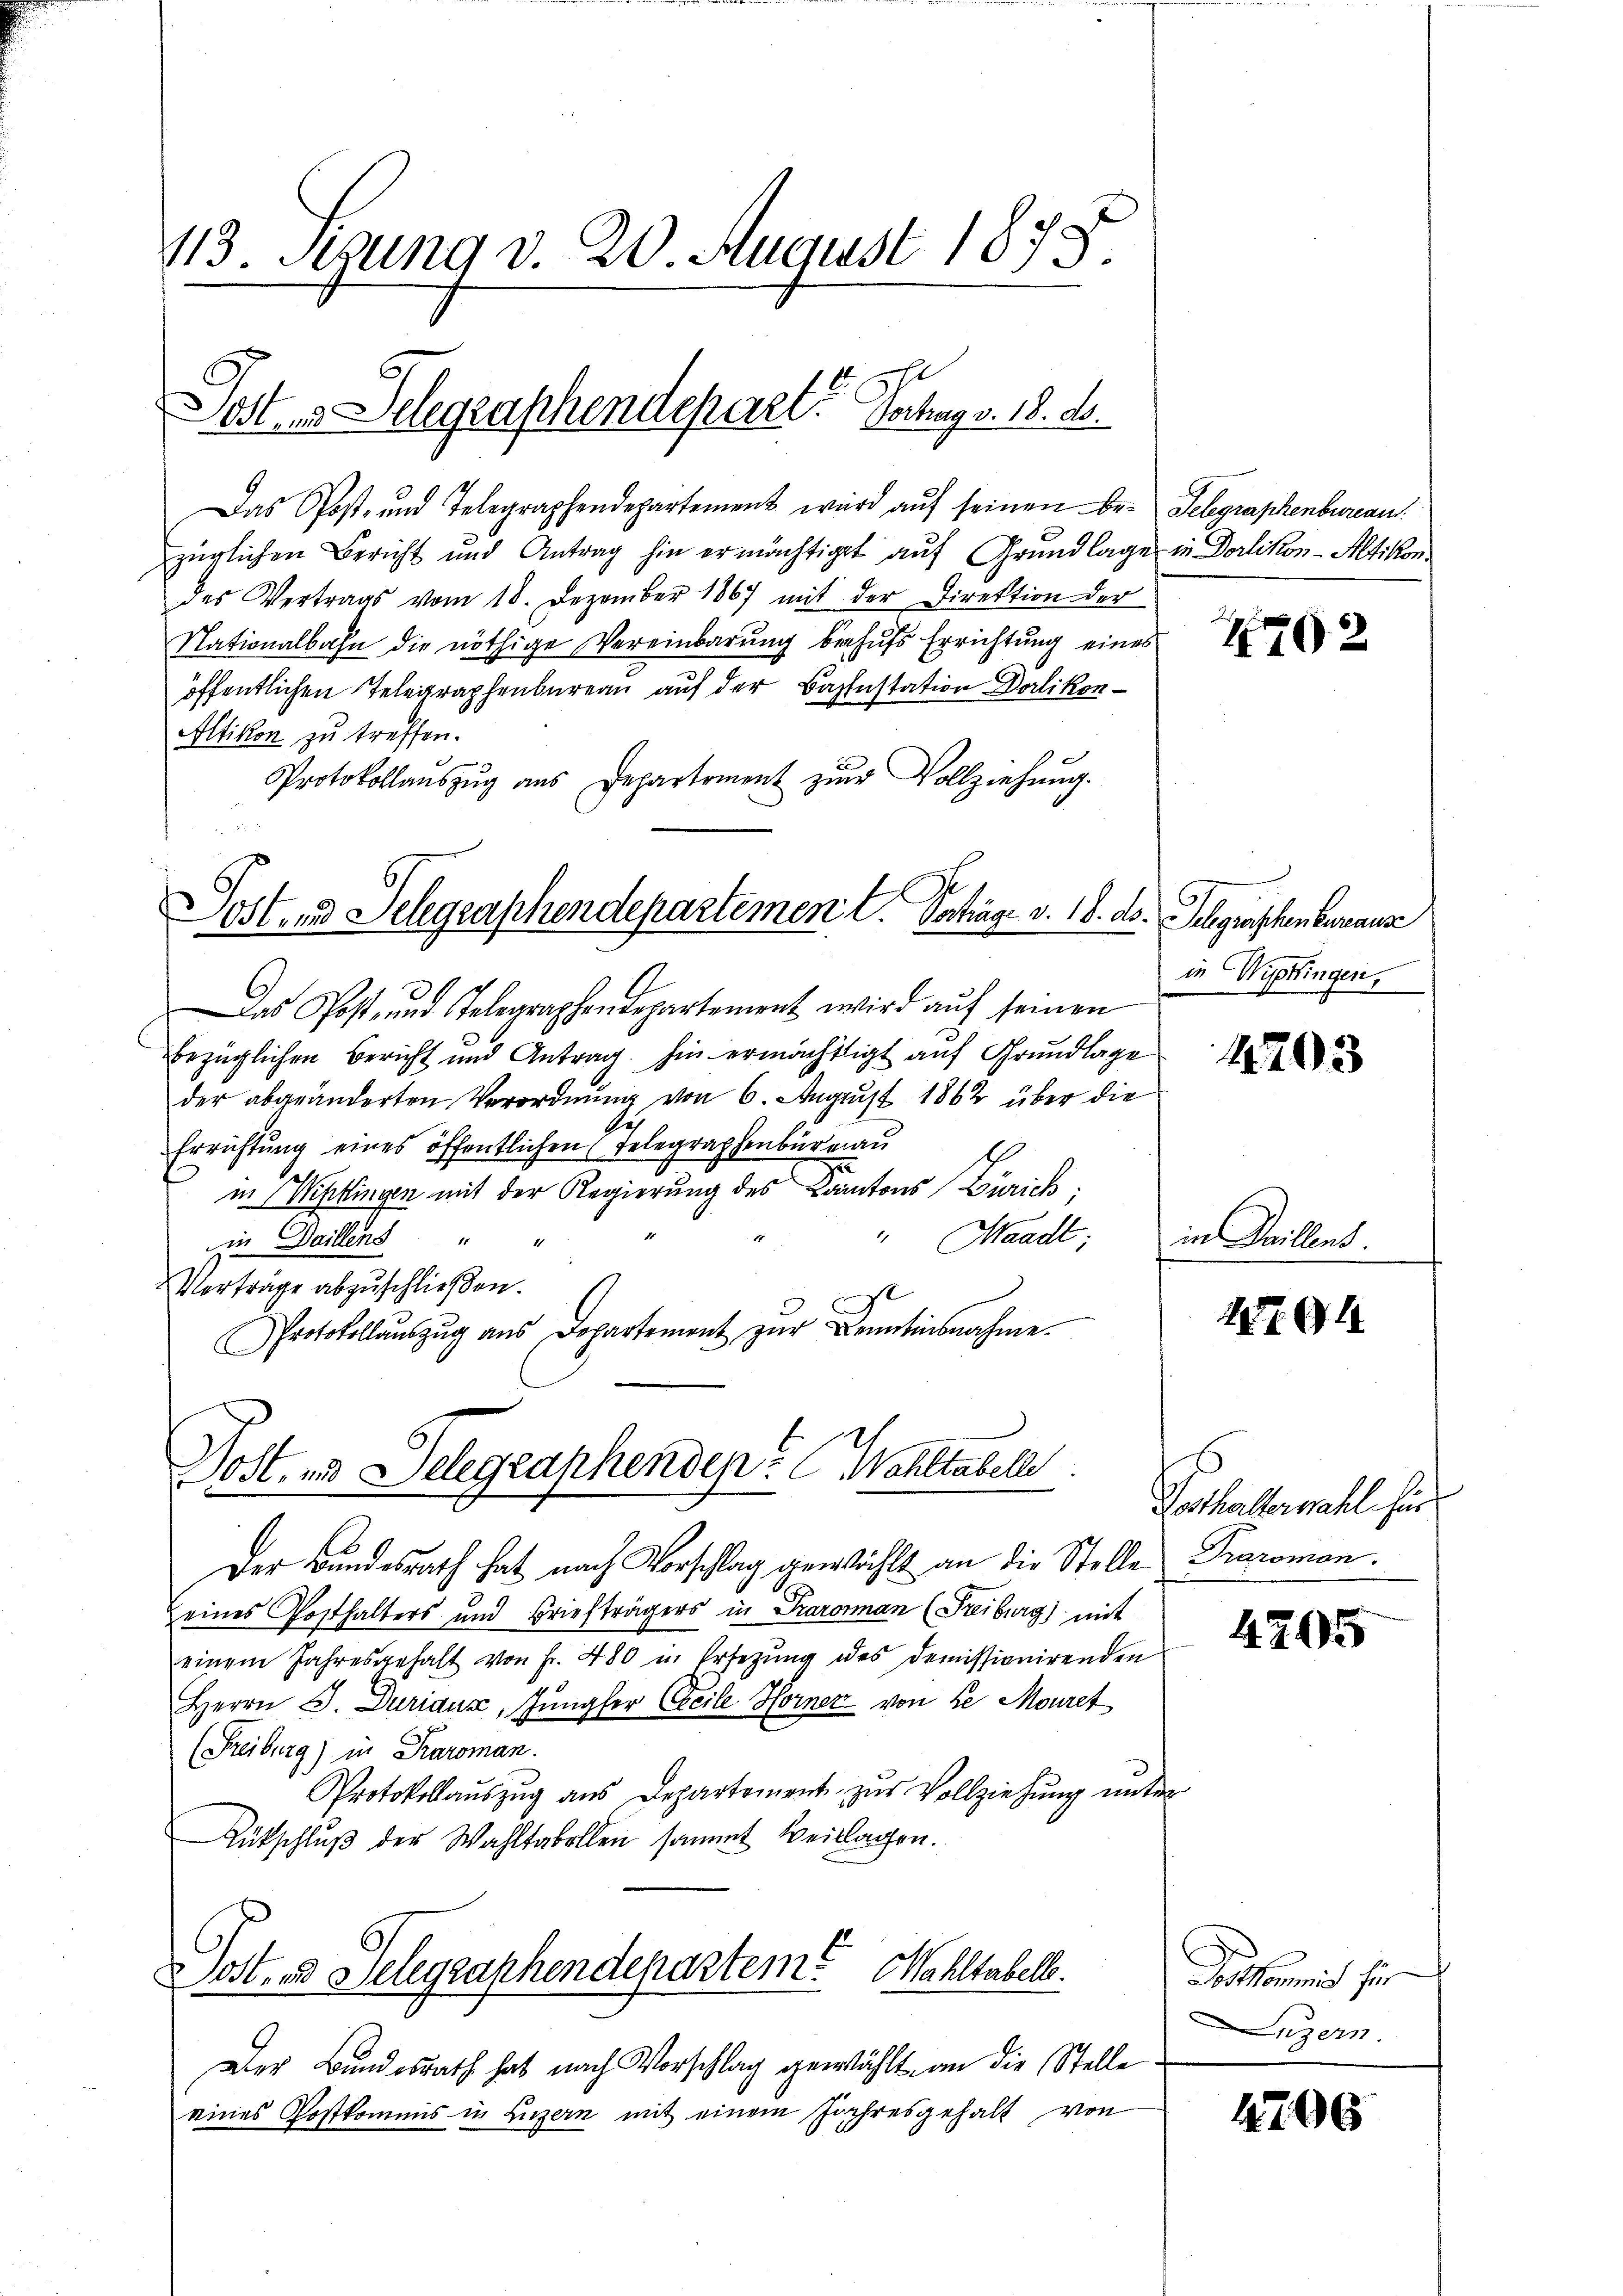
113. Sekung v. 20. August 1878.

Post 3 Delegraphendepart. Hochag v. 18. d.

Sostens Telegraphendepartemen l. Satige v. 18. ds. Schgraschenberaus

Das Post- und Telegraphendepartement wird aŭf seinen Be-
züglichen Bericht und Antrag hin ermächtiget auf Grundlage in Dorlikon-Altikon
des Vertrags vom 18. Dezember 1867 mit der Direktion der
Nationalbahn die nöthige Vereinbarung behufs Errichtung eines
öffentlichen Telegraphenbureau auf der Bahnstation Dorlikon-
Altikon zu treffen.
Protokollaŭszŭg ans Departement zŭr Vollziehŭng.
Das Post- und Telegraphendepartement wird aŭf seinen
bezüglichen Bericht und Antrag. Ein ermächtigt auf Grundlage
der abgeänderten Verordnung von 6. August 1862 über die
Errichtung eines öffentlichen Telegraphenbüreau
u
in Wipkingen mit der Regierung des Cantons Zürich,
"Waadt;
in Daillens " "
Verträge abzuschließen.
Protokollaŭszŭg aŭs Departement zŭr Kenntensnahme.

Dost- und Delegraphenden Wohltabelle

Der Bundesrath hat nach Vorschlag gewählt an die Stelle Taromen.
eines Posthalters und Briefträgers in Parosman (Freiburg) mit
einem Jahresgehalt von Fr. 480 in Ersetzŭng des demissionirenden
Herrn J. Duriaux, Jungfer teile Horner von de Mouret
(Freiburg) in Karoman.
Protokollaŭszŭg aŭs Departement zŭr Vollziehŭng ŭnter
Rütschluß der Wahltabellen sammt Beilagen.
Dost.  Telegraphendepartem Wahltabelle.
Der Bundesrath hat nach Vorschlag gewählt, an die Stelle
eines Postkommis in Luzern mit einem Jahresgehalt von

Telegraphenbureau.

1702

in Wipkingen,

1203

in Daillens.

1794

Koshalterwahl für

4205

Sitkommend für
Luzern.

4796